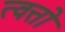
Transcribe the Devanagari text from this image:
त्वत्तो